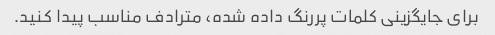
برای جایگزینی کلمات پررنگ داده شده، مترادف مناسب پیدا کنید.